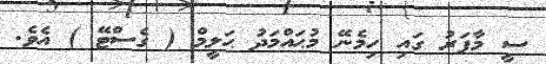
ސީ މާފަރު ގައި ހިމެނޭ މުޙައްމަދު ޙަލީމް ( ގެސްޓޭ ) އެވެ.